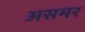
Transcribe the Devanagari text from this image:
असमर